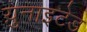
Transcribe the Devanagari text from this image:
य़ुनाइटेड